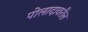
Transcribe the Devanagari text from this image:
पोलादावरील